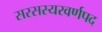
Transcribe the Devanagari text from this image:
सरसस्यरवर्णपद